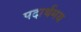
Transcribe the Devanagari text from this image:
पदार्थमय